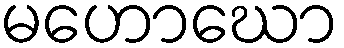
မဟောဃော